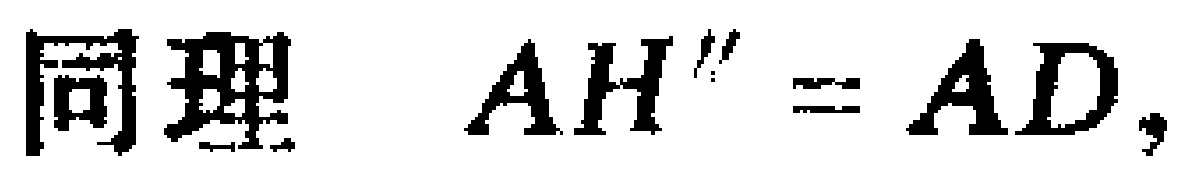
同理 \(AH^{\prime\prime}=AD,\)